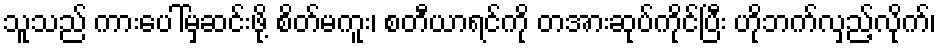
သူသည် ကားပေါ်မှဆင်းဖို့ စိတ်မကူး၊ စတီယာရင်ကို တအားဆုပ်ကိုင်ပြီး ဟိုဘက်လှည့်လိုက်၊